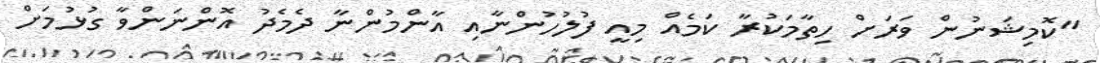
"ކޮމިޝަނުން ވަރަށް ހިތާމަކުރާ ކަމެއް މިއީ ފުލުހުންނާއި އާންމުންނާ ދެމެދު އޮންނަންވާ ގުޅުމަށް